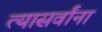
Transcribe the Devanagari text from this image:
त्यासर्वांना